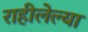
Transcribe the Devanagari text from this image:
राहीलेल्‍या